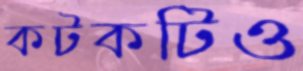
কটকটিও